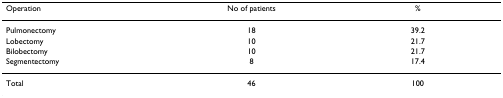
| Operation | No of patients | % |
 | --- | --- | --- |
 | Pulmonectomy | 18 | 39.2 |
 | Lobectomy | 10 | 21.7 |
 | Bilobectomy | 10 | 21.7 |
 | Segmentectomy | 8 | 17.4 |
 | Total | 46 | 100 |